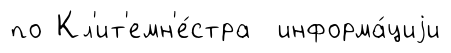
по Кл'ит'емн'е́стра информа́циjи